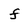
Character: f